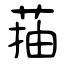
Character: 菗